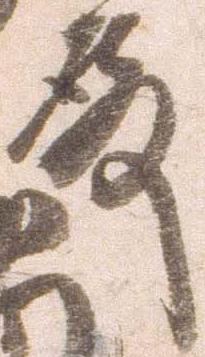
殿